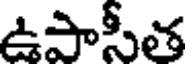
ఉపాసీత